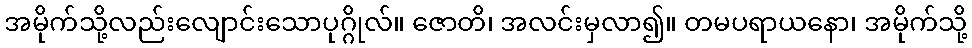
အမိုက်သို့လည်းလျောင်းသောပုဂ္ဂိုလ်။ ဇောတိ၊ အလင်းမှလာ၍။ တမပရာယနော၊ အမိုက်သို့